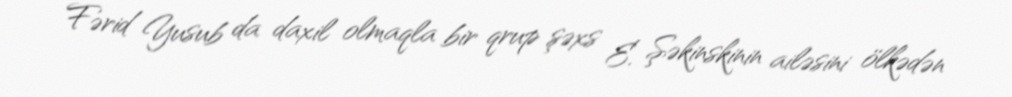
Fərid Yusub da daxil olmaqla bir qrup şəxs E. Şəkinskinin ailəsini ölkədən